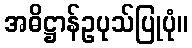
အဓိဋ္ဌာန်ဥပုသ်ပြုပုံ။